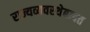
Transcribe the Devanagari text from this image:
राज्यव्यवस्थेबाबत